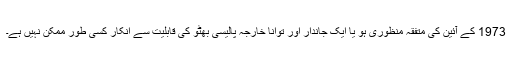
1973 کے آئین کی متفقہ منظوری ہو یا ایک جاندار اور توانا خارجہ پالیسی بھٹو کی قابلیت سے انکار کسی طور ممکن نہیں ہے۔